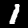
Digit: 1